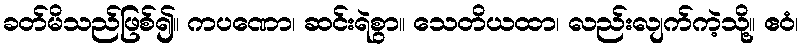
ခတ်မိသည်ဖြစ်၍။ ကပဏော၊ ဆင်းရဲစွာ။ သေတိယထာ၊ လည်းလျက်ကဲ့သို့။ ဧဝံ၊